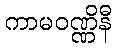
ကာမဝဏ္ဏိနီ